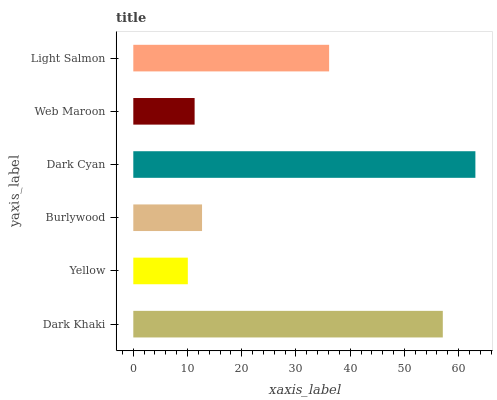
| yaxis_label | bars |
 | --- | --- |
 | Dark Khaki | 57.1 |
 | Yellow | 10.1 |
 | Burlywood | 12.7 |
 | Dark Cyan | 63.1 |
 | Web Maroon | 11.3 |
 | Light Salmon | 36.1 |